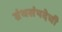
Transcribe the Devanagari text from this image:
ग्रंथसंपदेची